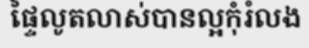
ផ្ទៃលូតលាស់បានល្អកុំរំលង